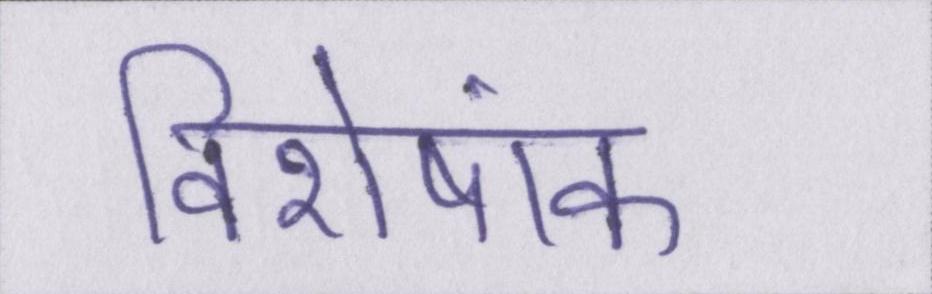
विशेषांक